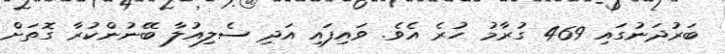
ބަރުދަނުގައި 469 ގުރާމު ހުރެ އެވެ. ވައިފައި އަދި ސެލިއުލާ ބޭނުންކުރާ ގޮތަށް